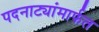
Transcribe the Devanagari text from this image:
पदनाट्यांमार्फत